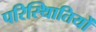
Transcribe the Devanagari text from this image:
परिस्थिातियों